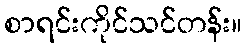
စာရင်းကိုင်သင်တန်း။